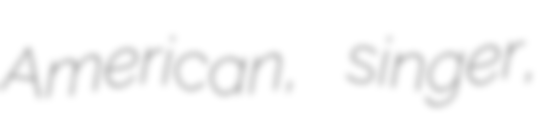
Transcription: American, singer,